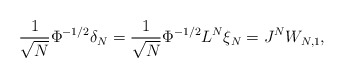
\begin{align*} \frac{1}{\sqrt{N}} \Phi^{-1/2} \delta_N = \frac{1}{\sqrt{N}} \Phi^{-1/2} L^N \xi_N = J^N W_{N,1},\end{align*}